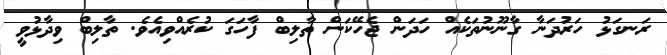
ރަނގަޅު ހަރުދަނާ ގާނޫނުތަކެއް ހަދަން ޖެހޭކަން ތާލިބް ފާހަގަ ކުރެއްވިއެވެ. ތާލިބް ވިދާޅުވީ